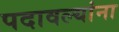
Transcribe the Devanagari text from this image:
पदावल्यांना